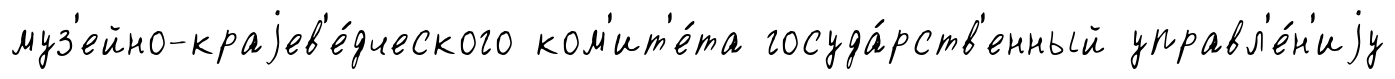
муз'ейно-краjев'е́дческого ком'ит'е́та госуда́рств'енный управл'е́н'иjу